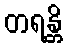
တရန္တိ